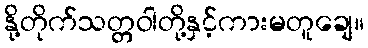
နို့တိုက်သတ္တဝါတို့နှင့်ကားမတူချေ။